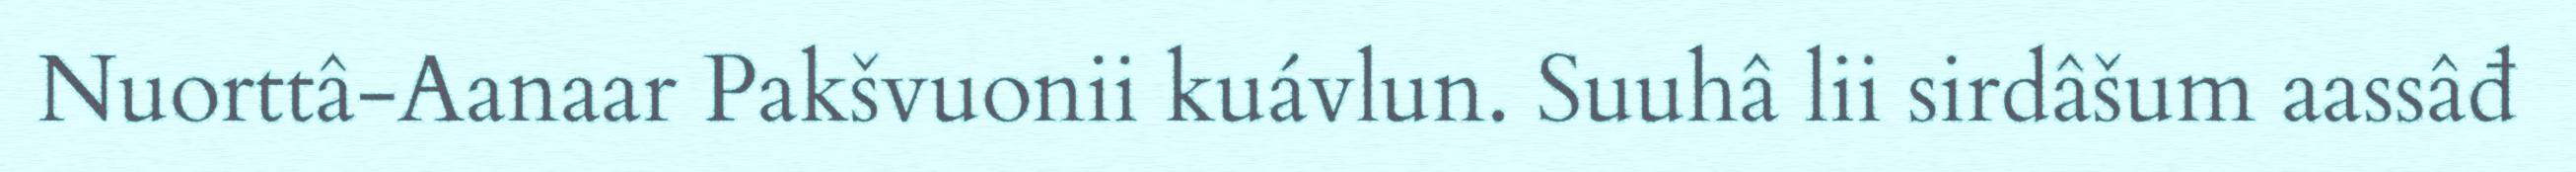
Nuorttâ-Aanaar Pakšvuonii kuávlun. Suuhâ lii sirdâšum aassâđ